画像に写った文字を読んでください
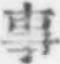
「事」と書いてあります